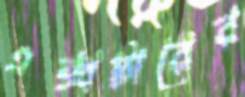
এক্সটারের